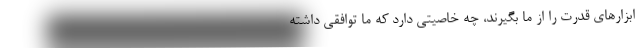
ابزارهای قدرت را از ما بگیرند، چه خاصیتی دارد که ما توافقی داشته